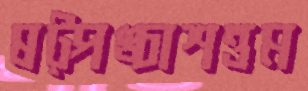
ষট্‌পঙ্চাশত্তম